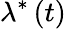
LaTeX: \lambda^{\ast}\left(t\right)